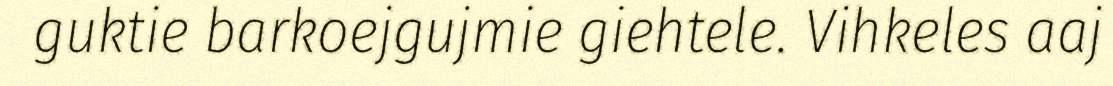
guktie barkoejgujmie giehtele. Vihkeles aaj